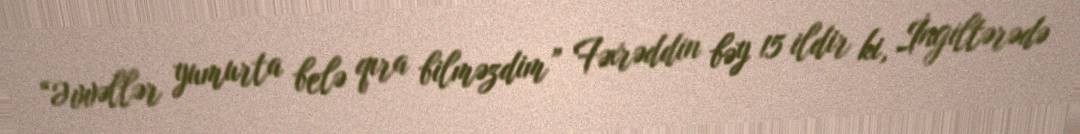
“Əvvəllər yumurta belə qıra bilməzdim” Fəxrəddin bəy 15 ildir ki, İngiltərədə